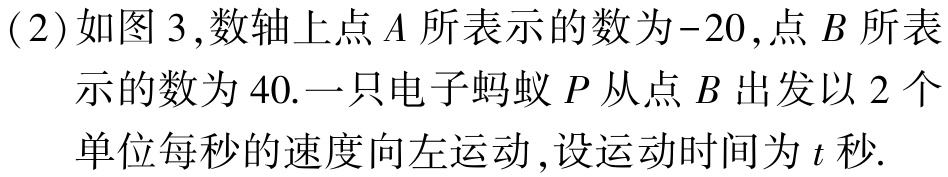
(2)如图3,数轴上点\(A\)所表示的数为\(-20\),点\(B\)所表示的数为\(40\).一只电子蚂蚁\(P\)从点\(B\)出发以\(2\)个单位每秒的速度向左运动,设运动时间为\(t\)秒.